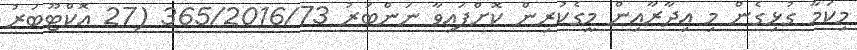
މިކަމާ ގުޅިގެން މި އިދާރާއިން މީގެކުރިން ކޮށްފައިވާ ނަންބަރު 365/2016/73 (27 އޮކްޓޫބަރު